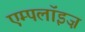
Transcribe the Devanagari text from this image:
एम्पलॉइज़